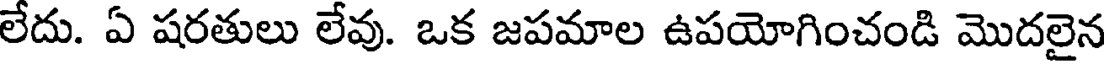
లేదు. ఏ షరతులు లేవు. ఒక జపమాల ఉపయోగించండి మొదలైన